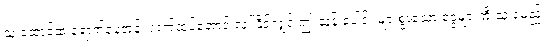
သူ ထောင်ထဲ ရောက်နေတုန်း လက်ထပ်အောင် လုပ်နိုင်လျှင် ဤ သန်းပေါင်း များစွာသော ငွေများကို သူ ရမည်။